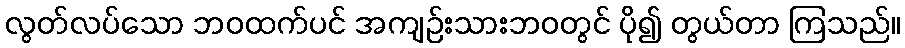
လွတ်လပ်သော ဘဝထက်ပင် အကျဉ်းသားဘဝတွင် ပို၍ တွယ်တာ ကြသည်။